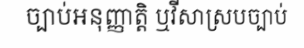
ច្បាប់អនុញ្ញាត្តិ ឬវីសាស្របច្បាប់